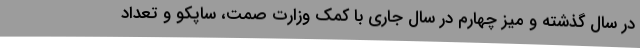
در سال گذشته و میز چهارم در سال جاری با کمک وزارت صمت، ساپکو و تعداد